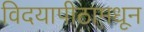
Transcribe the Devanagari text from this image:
विदयापीठामधून